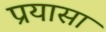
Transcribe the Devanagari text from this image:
प्रयासा